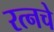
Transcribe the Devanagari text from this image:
रत्‍नचे